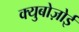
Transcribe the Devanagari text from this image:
क्युबोज़ोई